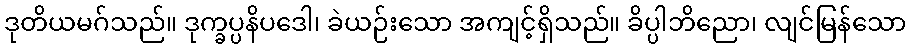
ဒုတိယမဂ်သည်။ ဒုက္ခပ္ပနိပဒေါ၊ ခဲယဉ်းသော အကျင့်ရှိသည်။ ခိပ္ပါဘိညော၊ လျင်မြန်သော